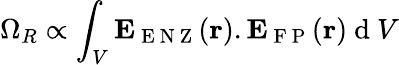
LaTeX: \Omega_{R}\propto\int_{V}\textbf{E}_{\mathrm{~E~N~Z~}}(\textbf{r}).\textbf{E}_{\mathrm{~F~P~}}(\textbf{r})\mathrm{~d~}V